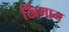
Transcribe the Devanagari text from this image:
खिंगान